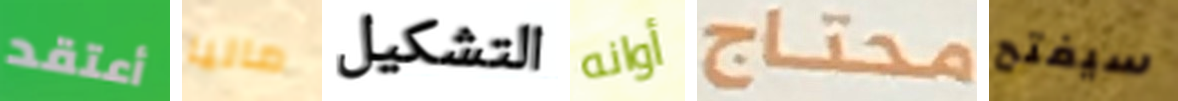
أعتقد ماليا التشكيل أوانه محتاج سيفتح